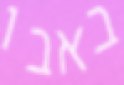
באבו